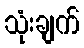
သုံးချက်